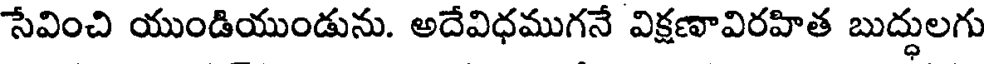
సేవించి యుండియుండును. అదేవిధముగనే విక్షణావిరహిత బుద్ధులగు